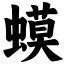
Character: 蟆